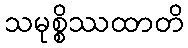
သမုစ္စိဿထာတိ